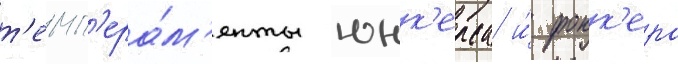
т'емп'ера́м'енты юнк'ерса и́ фокк'ера